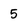
Character: 5